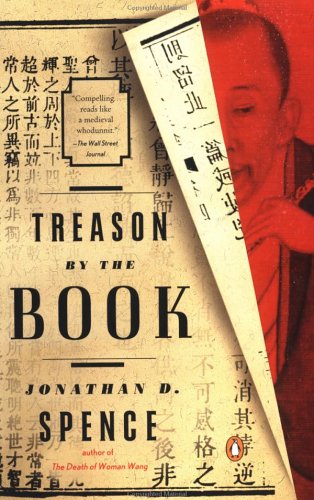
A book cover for Treason by the Book; Jonathan D. Spence; Biographies & Memoirs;